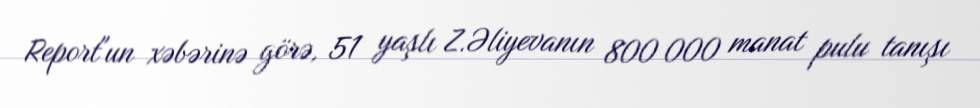
Report"un xəbərinə görə, 51 yaşlı Z.Əliyevanın 800 000 manat pulu tanışı